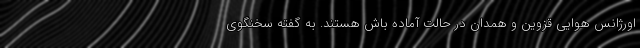
اورژانس هوایی قزوین و همدان در حالت آماده باش هستند. به گفته سخنگوی